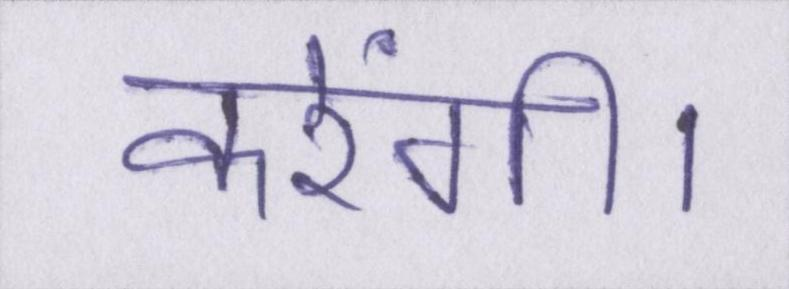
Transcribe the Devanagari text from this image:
करेंगी।